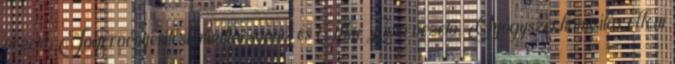
vezető, Jogérvényesítési munkacsoport és Ilku Lívia vezető, Gyógyszerhamisítás elleni